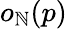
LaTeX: o_{\mathbb{N}}(p)